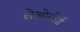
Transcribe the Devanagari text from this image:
लेओनोर्ड